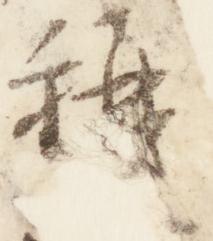
称